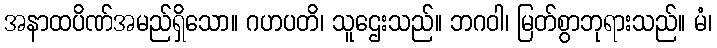
အနာထပိဏ်အမည်ရှိသော။ ဂဟပတိ၊ သူဌေးသည်။ ဘဂဝါ၊ မြတ်စွာဘုရားသည်။ မံ၊